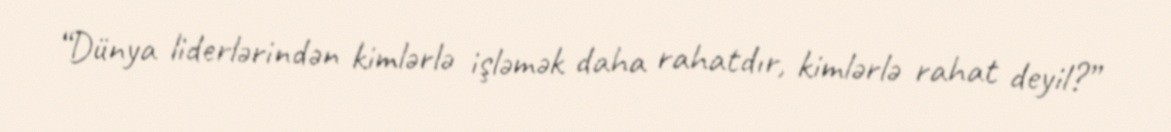
“Dünya liderlərindən kimlərlə işləmək daha rahatdır, kimlərlə rahat deyil?”